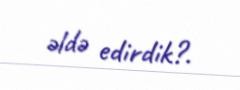
əldə edirdik?.